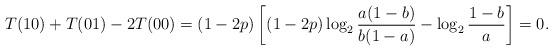
LaTeX: \begin{align*}&T(10)+T(01)-2T(00)=(1-2p)\left[(1-2p)\log_2\frac{a(1-b)}{b(1-a)}-\log_2\frac{1-b}{a}\right]=0.\end{align*}